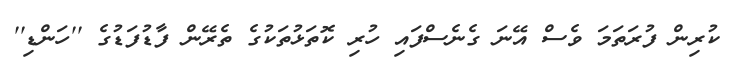
ކުރިން ފުރަތަމަ ވެސް އޭނަ ގެނެސްފައި ހުރި ކޮތަޅުތަކުގެ ތެރޭން ފާޑުފަޑުގެ ''ހަންޑި''